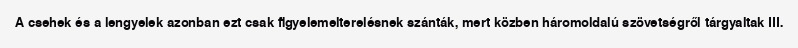
A csehek és a lengyelek azonban ezt csak figyelemelterelésnek szánták, mert közben háromoldalú szövetségről tárgyaltak III.